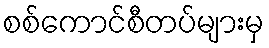
စစ်ကောင်စီတပ်များမှ